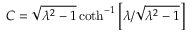
C = \sqrt { \lambda ^ { 2 } - 1 } \coth ^ { - 1 } \left[ \lambda / \sqrt { \lambda ^ { 2 } - 1 } \right]